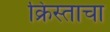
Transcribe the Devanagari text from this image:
क्रिस्ताचा